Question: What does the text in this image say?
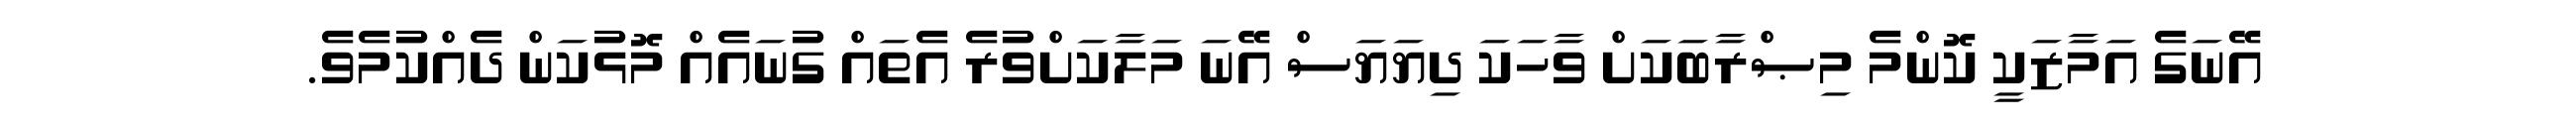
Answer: އޭނަގެ އަމާޒަކީ ކޮންމެ މިޞްރާބަކަށް ވާހަކަ ދިޔަޔަސް އޭނަ މަލާކަށްވުރެ އެތައް ގުނައެއް މޮޅުކަން ދެއްކުމެވެ.